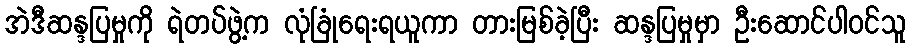
အဲဒီဆန္ဒပြမှုကို ရဲတပ်ဖွဲ့က လုံခြုံရေးရယူကာ တားမြစ်ခဲ့ပြီး ဆန္ဒပြမှုမှာ ဦးဆောင်ပါဝင်သူ